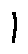
1